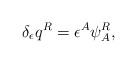
\begin{align*}\delta_\epsilon q^R = \epsilon^A \psi^R_A,\end{align*}